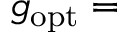
\begin{array} { r l } { \lefteqn { g _ { \mathrm { o p t } } = } } \end{array}